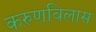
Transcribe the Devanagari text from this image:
करुणविलास